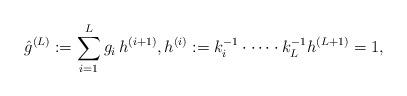
LaTeX: \begin{align*}\hat g^{(L)}:=\sum_{i=1}^L g_i \, h^{(i+1)}, h^{(i)}:= k_i^{-1} \cdot \dots \cdot k^{-1}_{L} h^{(L+1)}=1,\end{align*}